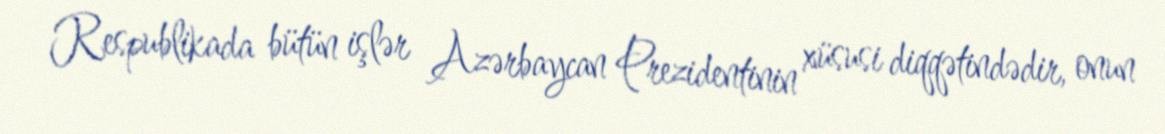
Respublikada bütün işlər Azərbaycan Prezidentinin xüsusi diqqətindədir, onun